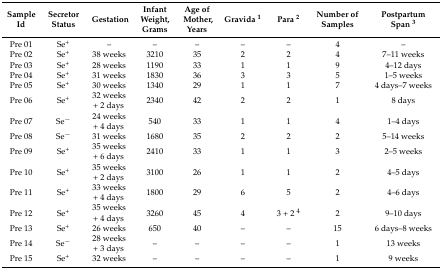
| Sample Id | Secretor Status | Gestation | Infant Weight, Grams | Age of Mother, Years | Gravida 1 | Para 2 | Number of Samples | Postpartum Span 3 |
 | --- | --- | --- | --- | --- | --- | --- | --- | --- |
 | Pre 01 | Se+ | – | – | – | – | – | 4 | – |
 | Pre 02 | Se+ | 38 weeks | 3210 | 35 | 2 | 2 | 4 | 7–11 weeks |
 | Pre 03 | Se+ | 28 weeks | 1190 | 33 | 1 | 1 | 9 | 4–12 days |
 | Pre 04 | Se+ | 31 weeks | 1830 | 36 | 3 | 3 | 5 | 1–5 weeks |
 | Pre 05 | Se+ | 30 weeks | 1340 | 29 | 1 | 1 | 7 | 4 days–7 weeks |
 | Pre 06 | Se+ | 32 weeks + 2 days | 2340 | 42 | 2 | 2 | 1 | 8 days |
 | Pre 07 | Se− | 24 weeks + 4 days | 540 | 33 | 1 | 1 | 4 | 1–4 days |
 | Pre 08 | Se− | 31 weeks | 1680 | 35 | 2 | 2 | 2 | 5–14 weeks |
 | Pre 09 | Se+ | 35 weeks + 6 days | 2410 | 33 | 1 | 1 | 3 | 2–5 weeks |
 | Pre 10 | Se+ | 35 weeks + 2 days | 3100 | 26 | 1 | 1 | 2 | 4–5 days |
 | Pre 11 | Se+ | 33 weeks + 4 days | 1800 | 29 | 6 | 5 | 2 | 4–6 days |
 | Pre 12 | Se+ | 35 weeks + 4 days | 3260 | 45 | 4 | 3 + 2 4 | 2 | 9–10 days |
 | Pre 13 | Se+ | 26 weeks | 650 | 40 | – | – | 15 | 6 days–8 weeks |
 | Pre 14 | Se− | 28 weeks + 3 days | – | – | – | – | 1 | 13 weeks |
 | Pre 15 | Se+ | 32 weeks | – | – | – | – | 1 | 9 weeks |